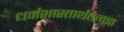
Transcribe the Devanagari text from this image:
धर्मशास्तार्थतत्वज्ञ